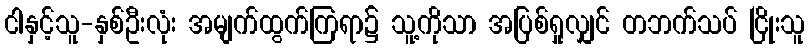
ငါနှင့်သူ-နှစ်ဦးလုံး အမျက်ထွက်ကြရာ၌ သူ့ကိုသာ အပြစ်ရှုလျှင် တဘက်သပ် ငြိုးသူ